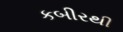
કબીરથી